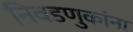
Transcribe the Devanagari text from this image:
निवडणुकांना